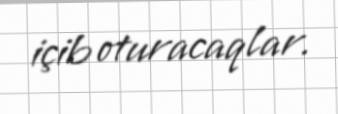
içib oturacaqlar.